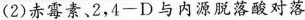
(2)赤霉素、2，4-D与内源脱落酸对落